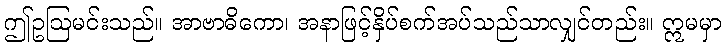
ဤဥဩမင်းသည်။ အာဗာဓိကော၊ အနာဖြင့်နှိပ်စက်အပ်သည်သာလျှင်တည်း။ ဣမမှာ